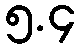
၅.၄